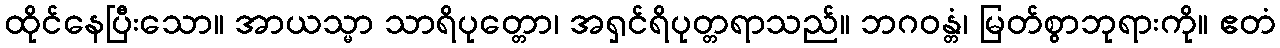
ထိုင်နေပြီးသော။ အာယသ္မာ သာရိပုတ္တော၊ အရှင်ရိပုတ္တရာသည်။ ဘဂဝန္တံ၊ မြတ်စွာဘုရားကို။ ဧတံ